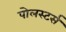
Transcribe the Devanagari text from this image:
पोलस्टर्स